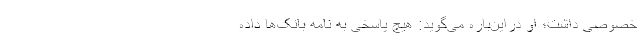
خصوصی داشت؛ او دراین‌باره می‌گوید: هیچ پاسخی به نامه بانک‌ها داده